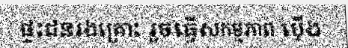
ផ្ទះជនរងគ្រោះ រួចធ្វើសកម្មភាព ប៉ើង